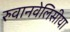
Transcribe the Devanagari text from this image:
रुवानवेलिसीया